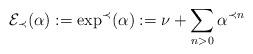
LaTeX: \begin{align*}\mathcal{E}_\prec(\alpha) := \exp^{\prec}(\alpha) :=\nu + \sum_{n > 0} \alpha^{\prec{n}} \end{align*}